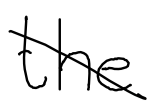
Text: the
Cross-out: diagonal
Writing tool: digital_black